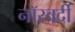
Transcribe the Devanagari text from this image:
नॉस्वर्दी